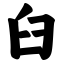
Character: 臼